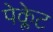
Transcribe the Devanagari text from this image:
पेक्लेट